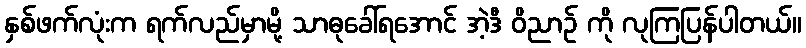
နှစ်ဖက်လုံးက ရက်လည်မှာမို့ သာဓုခေါ်ရအောင် အဲ့ဒီ ဝိညာဉ် ကို လုကြပြန်ပါတယ်။